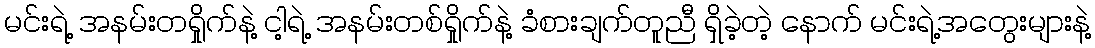
မင်းရဲ့ အနမ်းတရှိုက်နဲ့ ငါ့ရဲ့ အနမ်းတစ်ရှိုက်နဲ့ ခံစားချက်တူညီ ရှိခဲ့တဲ့ နောက် မင်းရဲ့အတွေးများနဲ့